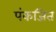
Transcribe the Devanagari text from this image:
पंकजित